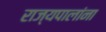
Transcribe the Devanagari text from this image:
राज्यपालांना